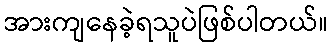
အားကျနေခဲ့ရသူပဲဖြစ်ပါတယ်။